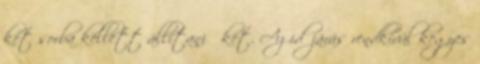
két sorba kellett állítani őket. Az időjárás rendkívül kegyes